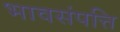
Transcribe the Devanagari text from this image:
भावसंपत्ति